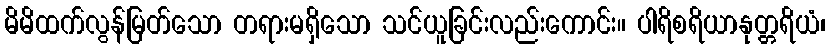
မိမိထက်လွန်မြတ်သော တရားမရှိသော သင်ယူခြင်းလည်းကောင်း။ ပါရိစရိယာနုတ္တရိယံ၊